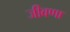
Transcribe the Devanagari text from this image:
जीवणा